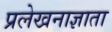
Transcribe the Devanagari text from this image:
प्रलेखनाज्ञाता